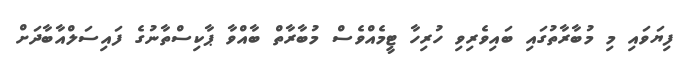
ފިޔަވައި މި މުބާރާތުގައި ބައިވެރިވި ހުރިހާ ޓީމެއްވެސް މުބާރާތް ބާއްވާ ޕާކިސްތާނުގެ ފައިސަލްއާބާދަށް